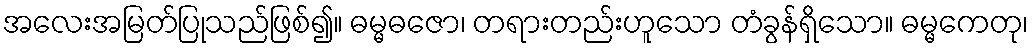
အလေးအမြတ်ပြုသည်ဖြစ်၍။ ဓမ္မဓဇော၊ တရားတည်းဟူသော တံခွန်ရှိသော။ ဓမ္မကေတု၊